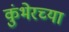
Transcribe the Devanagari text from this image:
कुंभेरच्या